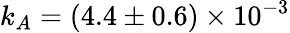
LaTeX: k_{A}=(4.4\pm 0.6)\times 10^{-3}